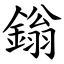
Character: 鎓